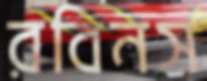
রবিনস